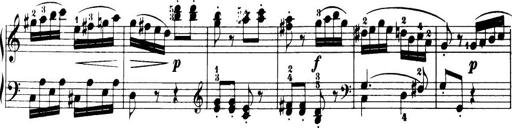
Title: 32 Sonatinas and Rondos for the Piano
Composer: Richard Kleinmichel